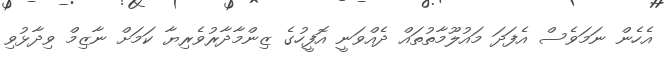
އެހެން ނަމަވެސް އެފަދަ މައުލޫމާތުތައް ދެއްވަނީ އޮފީހުގެ ޒިންމާދާރުވެރިޔާ ކަމަށް ނާޒިމް ވިދާޅުވި